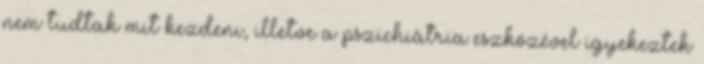
nem tudtak mit kezdeni, illetve a pszichiátria eszközével igyekeztek